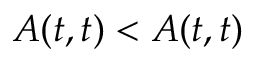
A ( t , t ) < A ( t , t )